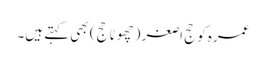
عمرہ کو حج اصغر (چھوٹا حج) بھی کہتے ہیں۔